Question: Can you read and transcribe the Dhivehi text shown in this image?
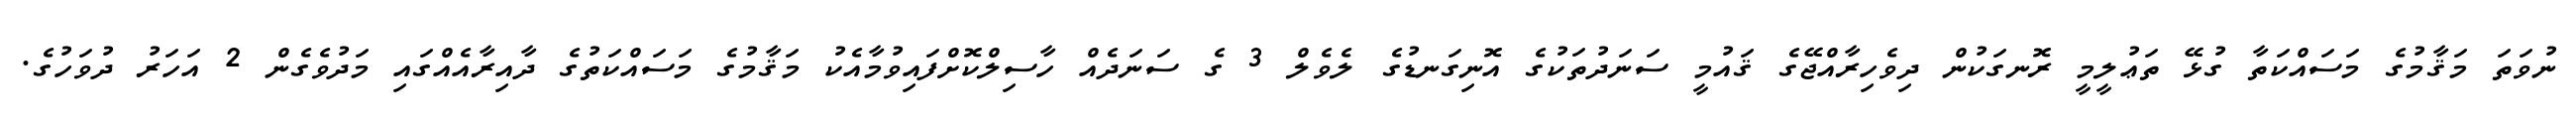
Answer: ނުވަތަ މަޤާމުގެ މަސައްކަތާ ގުޅޭ ތަޢުލީމީ ރޮނގަކުން ދިވެހިރާއްޖޭގެ ޤައުމީ ސަނަދުތަކުގެ އޮނިގަނޑުގެ ލެވެލް 3 ގެ ސަނަދެއް ހާސިލްކޮށްފައިވުމާއެކު މަޤާމުގެ މަސައްކަތުގެ ދާއިރާއެއްގައި މަދުވެގެން 2 އަހަރު ދުވަހުގެ.